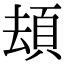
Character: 䪺